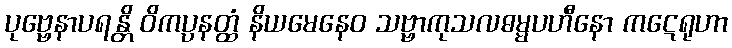
ပုဗ္ဗေနာပရန္တိ ဝိကပ္ပနတ္ထံ နိယမေနေဝ သဗ္ဗာကုသလဓမ္မပဟီနော ကဋေရုဟာ